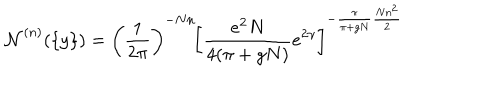
{ \cal N } ^ { ( n ) } ( \{ y \} ) = \left( \frac { 1 } { 2 \pi } \right) ^ { - N n } \! \left[ \frac { e ^ { 2 } N } { 4 ( \pi + g N ) } e ^ { 2 \gamma } \right] ^ { - \frac { \pi } { \pi + g N } \frac { N n ^ { 2 } } { 2 } }